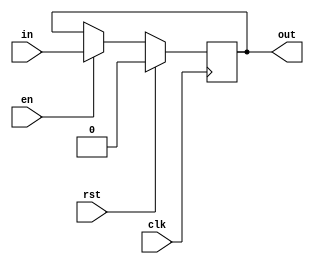
module reg_mux_block #(parameter BITS = 1, RSTTYPE = "SYNC", SELECTION = 1)(
    input clk, rst, en,
    input [BITS - 1 : 0] in,
    output [BITS - 1 : 0] out
);

    reg [BITS - 1 : 0] q_in;
    generate
        if (RSTTYPE == "ASYNC")
            always @(posedge clk, posedge rst) begin
                if (rst)
                    q_in <= 0;
                else if (en)
                    q_in <= in;
            end
        else if (RSTTYPE == "SYNC")
            always @(posedge clk) begin
                if (rst)
                    q_in <= 0;
                else if (en)
                    q_in <= in;
            end
    endgenerate
    
    assign out = SELECTION ? q_in : in;
endmodule